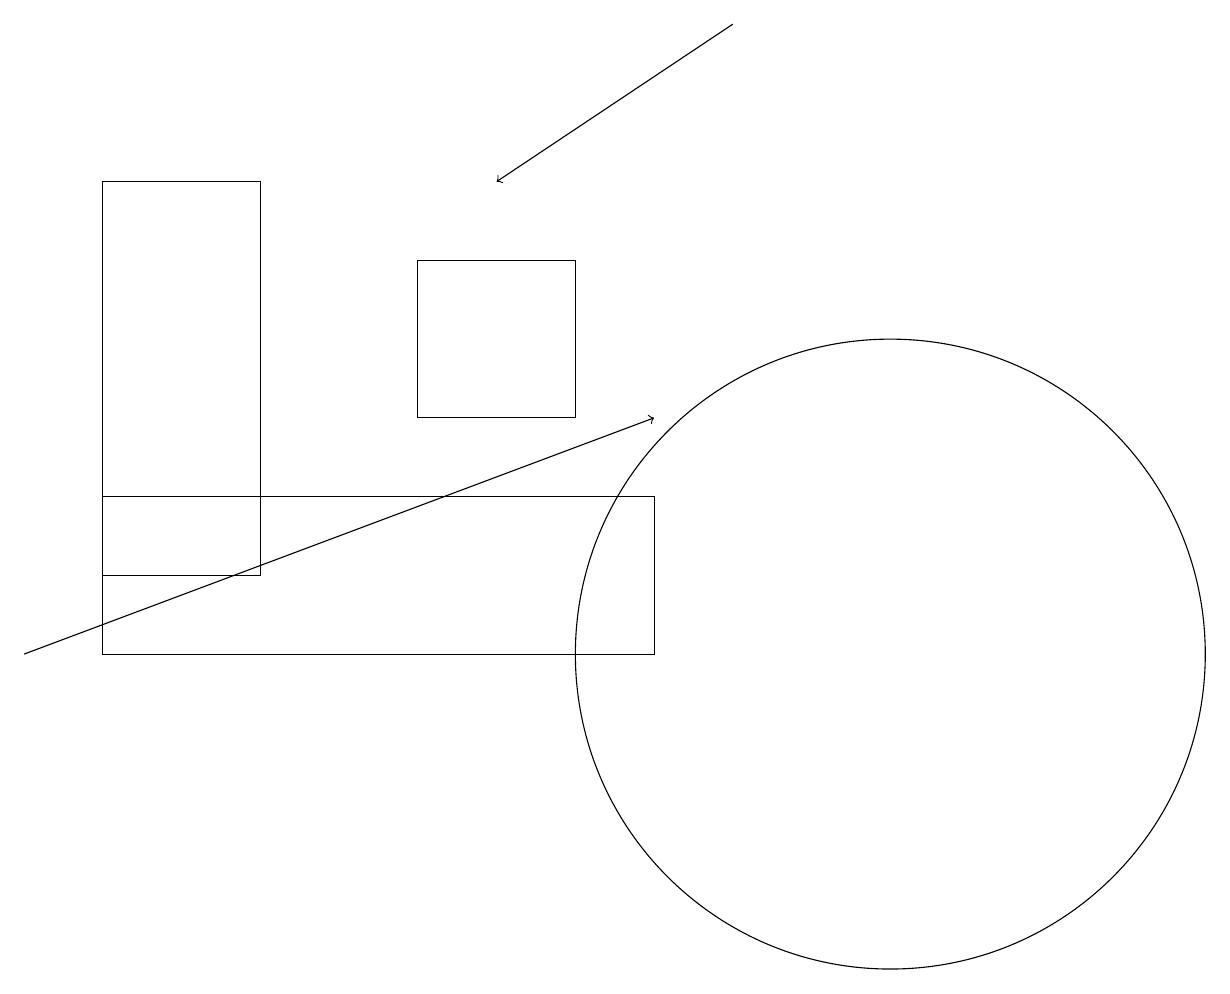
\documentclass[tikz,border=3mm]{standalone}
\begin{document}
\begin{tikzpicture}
\draw (1,10) rectangle (8,12);
\draw[->] (0,10) -- (8,13);
\draw (11,10) circle (4);
\draw (7,15) rectangle (5,13);
\draw (3,16) rectangle (1,11);
\draw[->] (9,18) -- (6,16);
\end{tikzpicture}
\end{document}